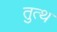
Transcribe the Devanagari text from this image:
तुत्थ